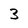
Character: 3